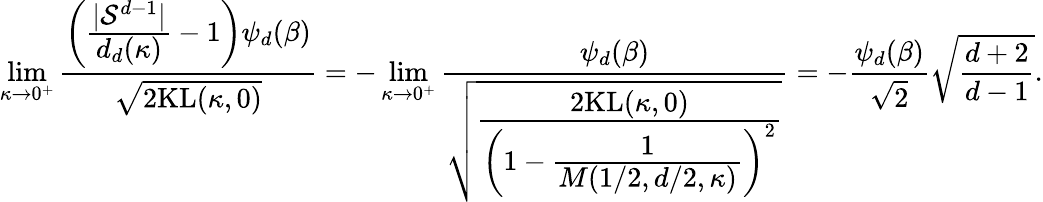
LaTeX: \operatorname*{lim}_{\kappa\rightarrow 0^{+}}\frac{\left(\cfrac{|\mathcal{S}^{d-1}|}{d_{d}(\kappa)}-1\right)\psi_{d}(\beta)}{\sqrt{2\mathrm{KL}(\kappa,0)}}=-\operatorname*{lim}_{\kappa\rightarrow 0^{+}}\frac{\psi_{d}(\beta)}{\sqrt{\cfrac{2\mathrm{KL}(\kappa,0)}{\left(1-\cfrac{1}{M(1/2,d/2,\kappa)}\right)^{2}}}}=-\frac{\psi_{d}(\beta)}{\sqrt{2}}\sqrt{\frac{d+2}{d-1}}.